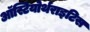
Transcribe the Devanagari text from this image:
ऑस्टियोर्थराइटिस